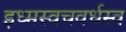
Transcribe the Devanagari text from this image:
इध्मस्वचवर्धस्व